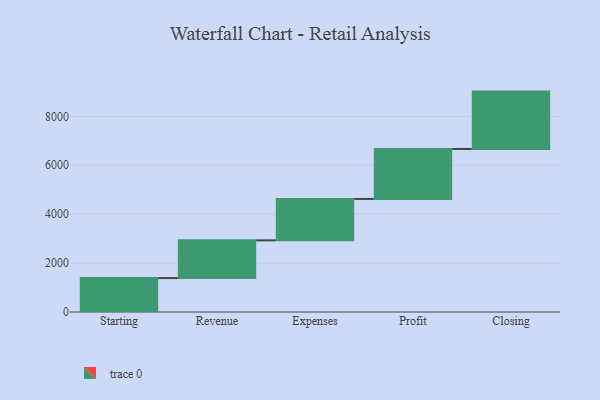
{"axis": {"x": "Step", "y": "Value"}, "legend": [""], "data": [{"x": "Starting", "y": 1387.0, "type": ""}, {"x": "Revenue", "y": 1542.0, "type": ""}, {"x": "Expenses", "y": 1694.0, "type": ""}, {"x": "Profit", "y": 2044.0, "type": ""}, {"x": "Closing", "y": 2345.0, "type": ""}]}